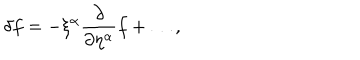
LaTeX: \delta f = - \xi ^ { \alpha } \frac { \partial } { \partial \eta ^ { \alpha } } f + \ldots ,